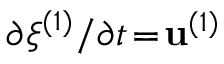
\partial \boldsymbol { \xi } ^ { ( 1 ) } / \partial t \! = \! \mathbf { u } ^ { ( 1 ) }